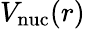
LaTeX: V_{\mathrm{nuc}}(r)